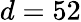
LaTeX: d=52